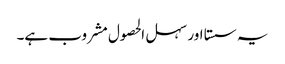
یہ سستا اور سہل الحصول مشروب ہے۔